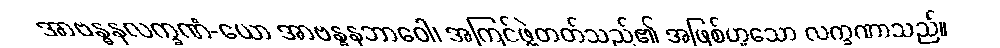
အာဗန္ဓနလက္ခဏံ-ယော အာဗန္ဓနဘာဝေါ၊ အကြင်ဖွဲ့တတ်သည်၏ အဖြစ်ဟူသော လက္ခဏာသည်။